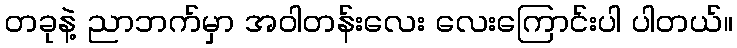
တခုနဲ့ ညာဘက်မှာ အဝါတန်းလေး လေးကြောင်းပါ ပါတယ်။